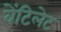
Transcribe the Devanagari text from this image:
वेंटिलेट